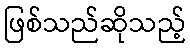
ဖြစ်သည်ဆိုသည့်